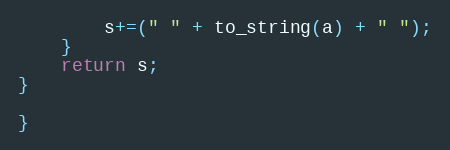
Language: C++
        s+=(" " + to_string(a) + " ");
    }
    return s;
}

}